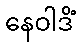
နေဝါဒိံ